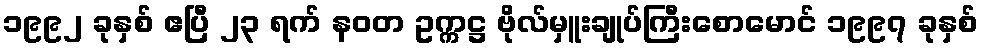
၁၉၉၂ ခုနှစ် ဧပြီ ၂၃ ရက် နဝတ ဥက္ကဋ္ဌ ဗိုလ်မှူးချုပ်ကြီးစောမောင် ၁၉၉၇ ခုနှစ်